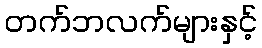
တက်ဘလက်များနှင့်